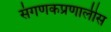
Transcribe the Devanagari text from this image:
संगणकप्रणालीस